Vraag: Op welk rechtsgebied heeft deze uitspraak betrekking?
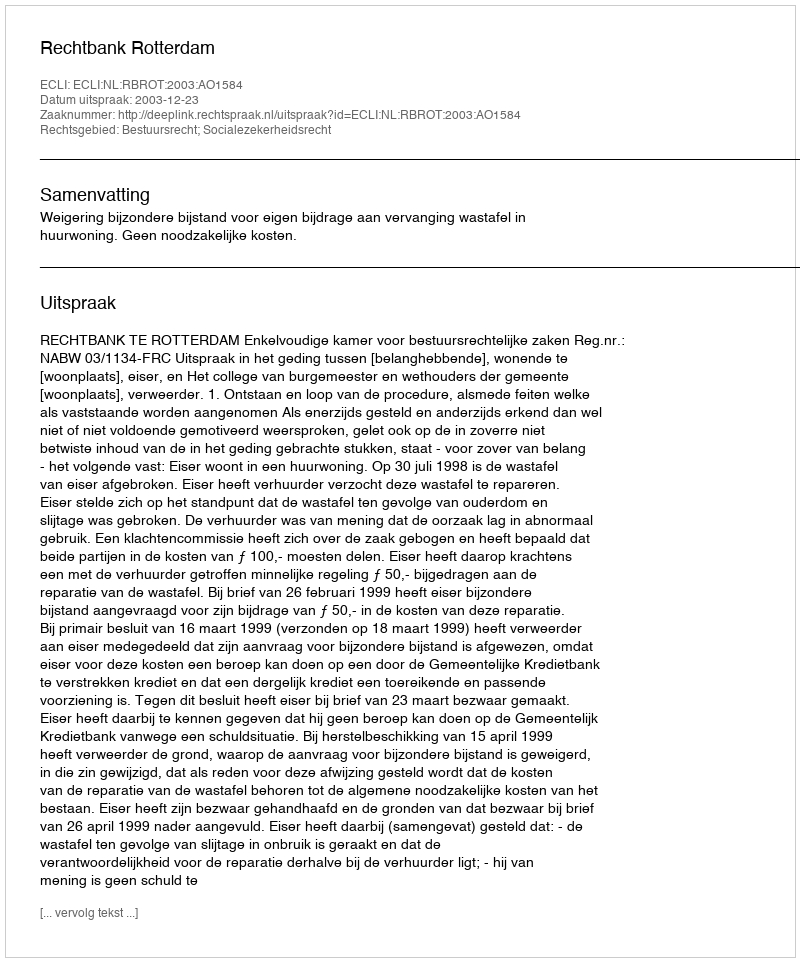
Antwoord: Bestuursrecht; Socialezekerheidsrecht